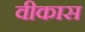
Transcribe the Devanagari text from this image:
वीकास